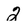
Character: 2